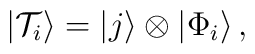
\left|{\cal T}_{i}\right>=\left|j\right>\otimes\left|\Phi_{i}\right>,